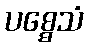
ပစ္စေသံ